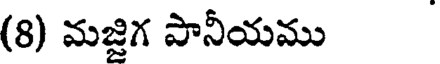
(8) మజ్జిగ పానీయము